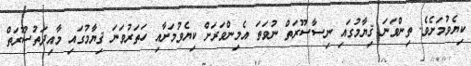
ކިޔެވުމަށެވެ. ތިންވަނަ ޤިޔާމުގައި ނިސާސޫރަތް ނުވަތަ އެމިންވަރަށް ކިޔެވުމަށާއި ހަތަރުވަނަ ޤިޔާމުގައި މާއިދަތުސޫރަތް